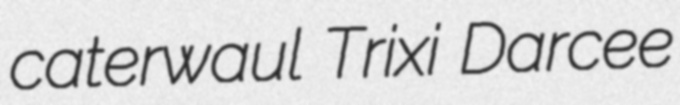
caterwaul Trixi Darcee